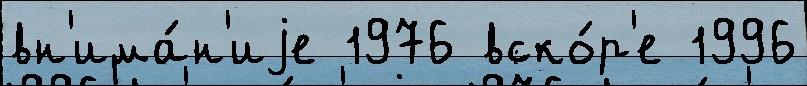
вн'има́н'иjе 1976 вско́р'е 1996